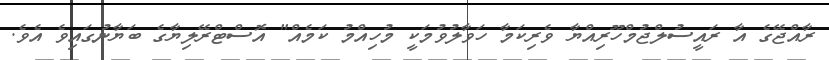
ރާއްޖޭގެ އާ ރައީސުލްޖުމްހޫރިއްޔާ ވެރިކަމާ ހަވާލުވުމަކީ މުހިއްމު ކަމެއް" އޮސްޓްރޭލިޔާގެ ބަޔާނުގައިވެ އެވެ.